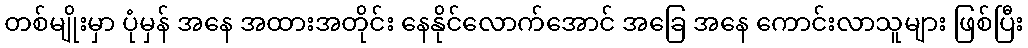
တစ်မျိုးမှာ ပုံမှန် အနေ အထားအတိုင်း နေနိုင်လောက်အောင် အခြေ အနေ ကောင်းလာသူများ ဖြစ်ပြီး